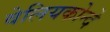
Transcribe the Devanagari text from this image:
वेलियकोन्दे